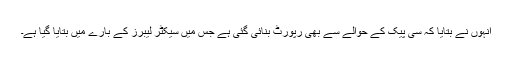
انہوں نے بتایا کہ سی پیک کے حوالے سے بھی رپورٹ بنائی گئی ہے جس میں سیکٹر لیبرز کے بارے میں بتایا گیا ہے۔